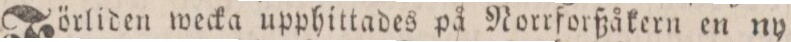
Förliden wecka upphittades på Norrforßåkern en ny